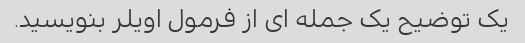
یک توضیح یک جمله ای از فرمول اویلر بنویسید.